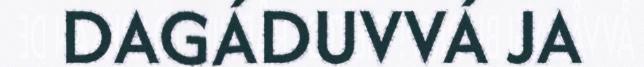
DAGÁDUVVÁ JA